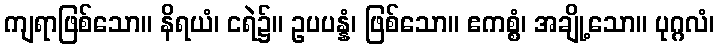
ကျရာဖြစ်သော။ နိရယံ၊ ငရဲ၌။ ဥပပန္နံ၊ ဖြစ်သော။ ဧကစ္စံ၊ အချို့သော။ ပုဂ္ဂလံ၊